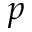
p